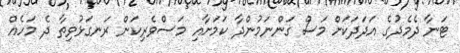
ޓަނާ ދެމެދުގެ އަދަދަކަށް މަސް ގަންނަމުންދާ ކަމަށާއި މަސްވެރިކަން ރަނގަޅުވިތާ ދެ މަހެއް